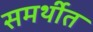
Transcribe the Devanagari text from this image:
समर्थीत